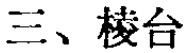
三、棱台